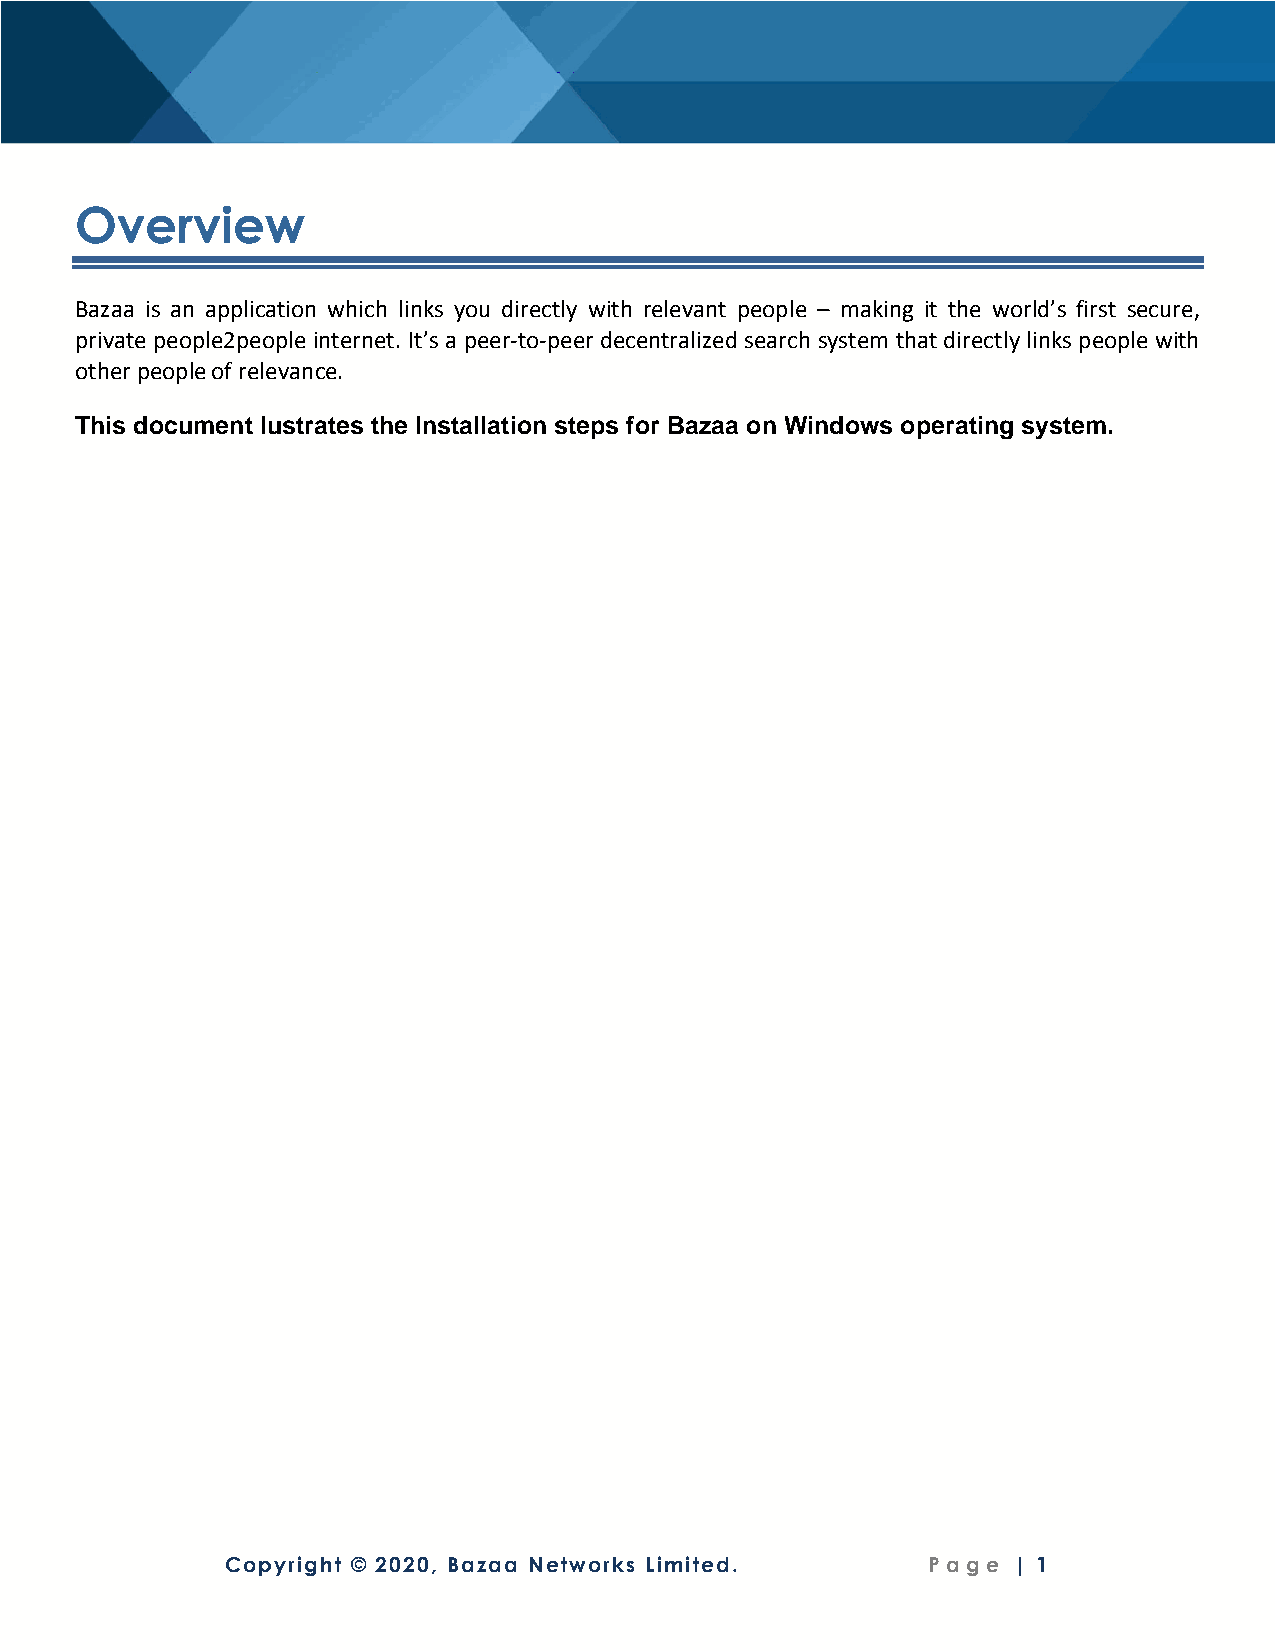
Overview
 Bazaa is an application which links you directly with relevant people – making it the world’s first secure,
 private people2people internet. It’s a peer-to-peer decentralized search system that directly links people with
 other people of relevance.
 This document lustrates the Installation steps for Bazaa on Windows operating system.
 Copyright © 2020, Bazaa Networks Limited.     P a g e | 1